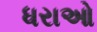
ધરાઓ